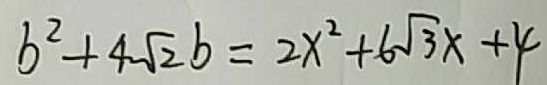
b ^ { 2 } + 4 \sqrt { 2 } b = 2 x ^ { 2 } + 6 \sqrt { 3 } x + 4